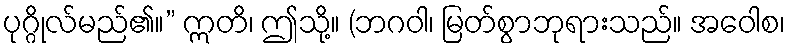
ပုဂ္ဂိုလ်မည်၏။” ဣတိ၊ ဤသို့။ (ဘဂဝါ၊ မြတ်စွာဘုရားသည်။ အဝေါစ၊